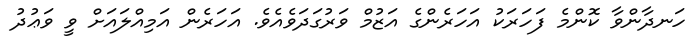
ހަނދާންވާ ކޮންމެ ފަހަރަކު އަހަރެންގެ އަޒުމް ވަރުގަދަވެއެވެ. އަހަރެން އަމިއްލައަށް ވީ ވަޢުދު